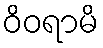
ဝိဝရာမိ